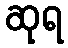
ဆုရ